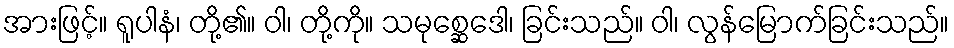
အားဖြင့်။ ရူပါနံ၊ တို့၏။ ဝါ၊ တို့ကို။ သမုစ္ဆေဒေါ၊ ခြင်းသည်။ ဝါ၊ လွန်မြောက်ခြင်းသည်။